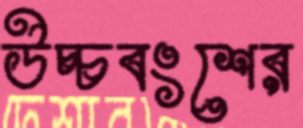
উচ্চবংশের